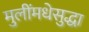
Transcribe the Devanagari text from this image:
मुलींमधेसुद्धा